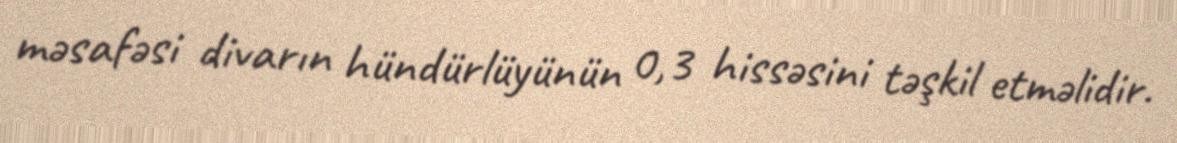
məsafəsi divarın hündürlüyünün 0,3 hissəsini təşkil etməlidir.